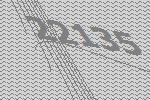
22135